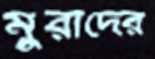
মুরাদের